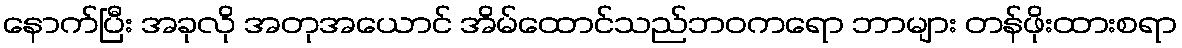
နောက်ပြီး အခုလို အတုအယောင် အိမ်ထောင်သည်ဘဝကရော ဘာများ တန်ဖိုးထားစရာ